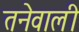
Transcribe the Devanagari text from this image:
तनेवाली